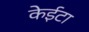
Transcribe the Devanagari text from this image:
केईटा